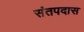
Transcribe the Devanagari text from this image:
संतपदास